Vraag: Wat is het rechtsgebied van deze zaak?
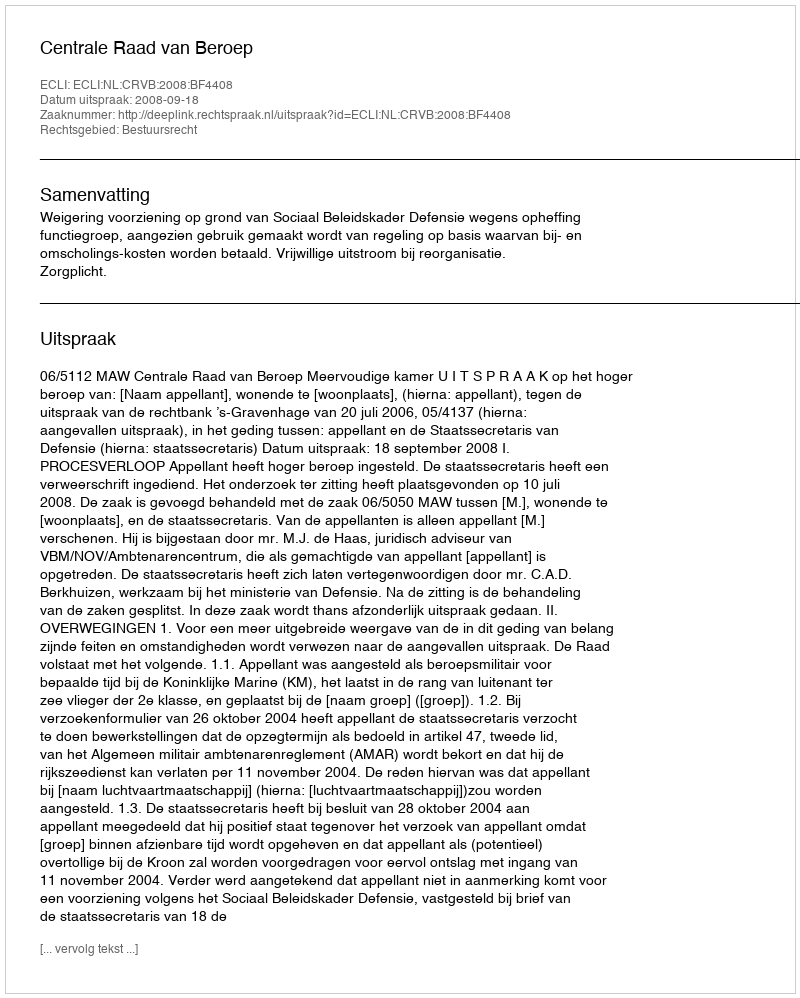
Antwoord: Bestuursrecht